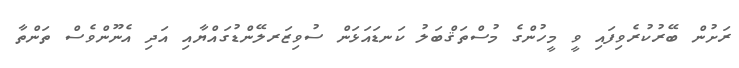
ރަށުން ބޭރުކުރެވިފައި ވީ މީހުންގެ މުސްތަޤްބަލު ކަނޑައަޅަން ސުވިޒަރލޭންޑުގައްޔާއި އަދި އެނޫންވެސް ތަންތާ